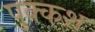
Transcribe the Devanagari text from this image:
पुक्कश